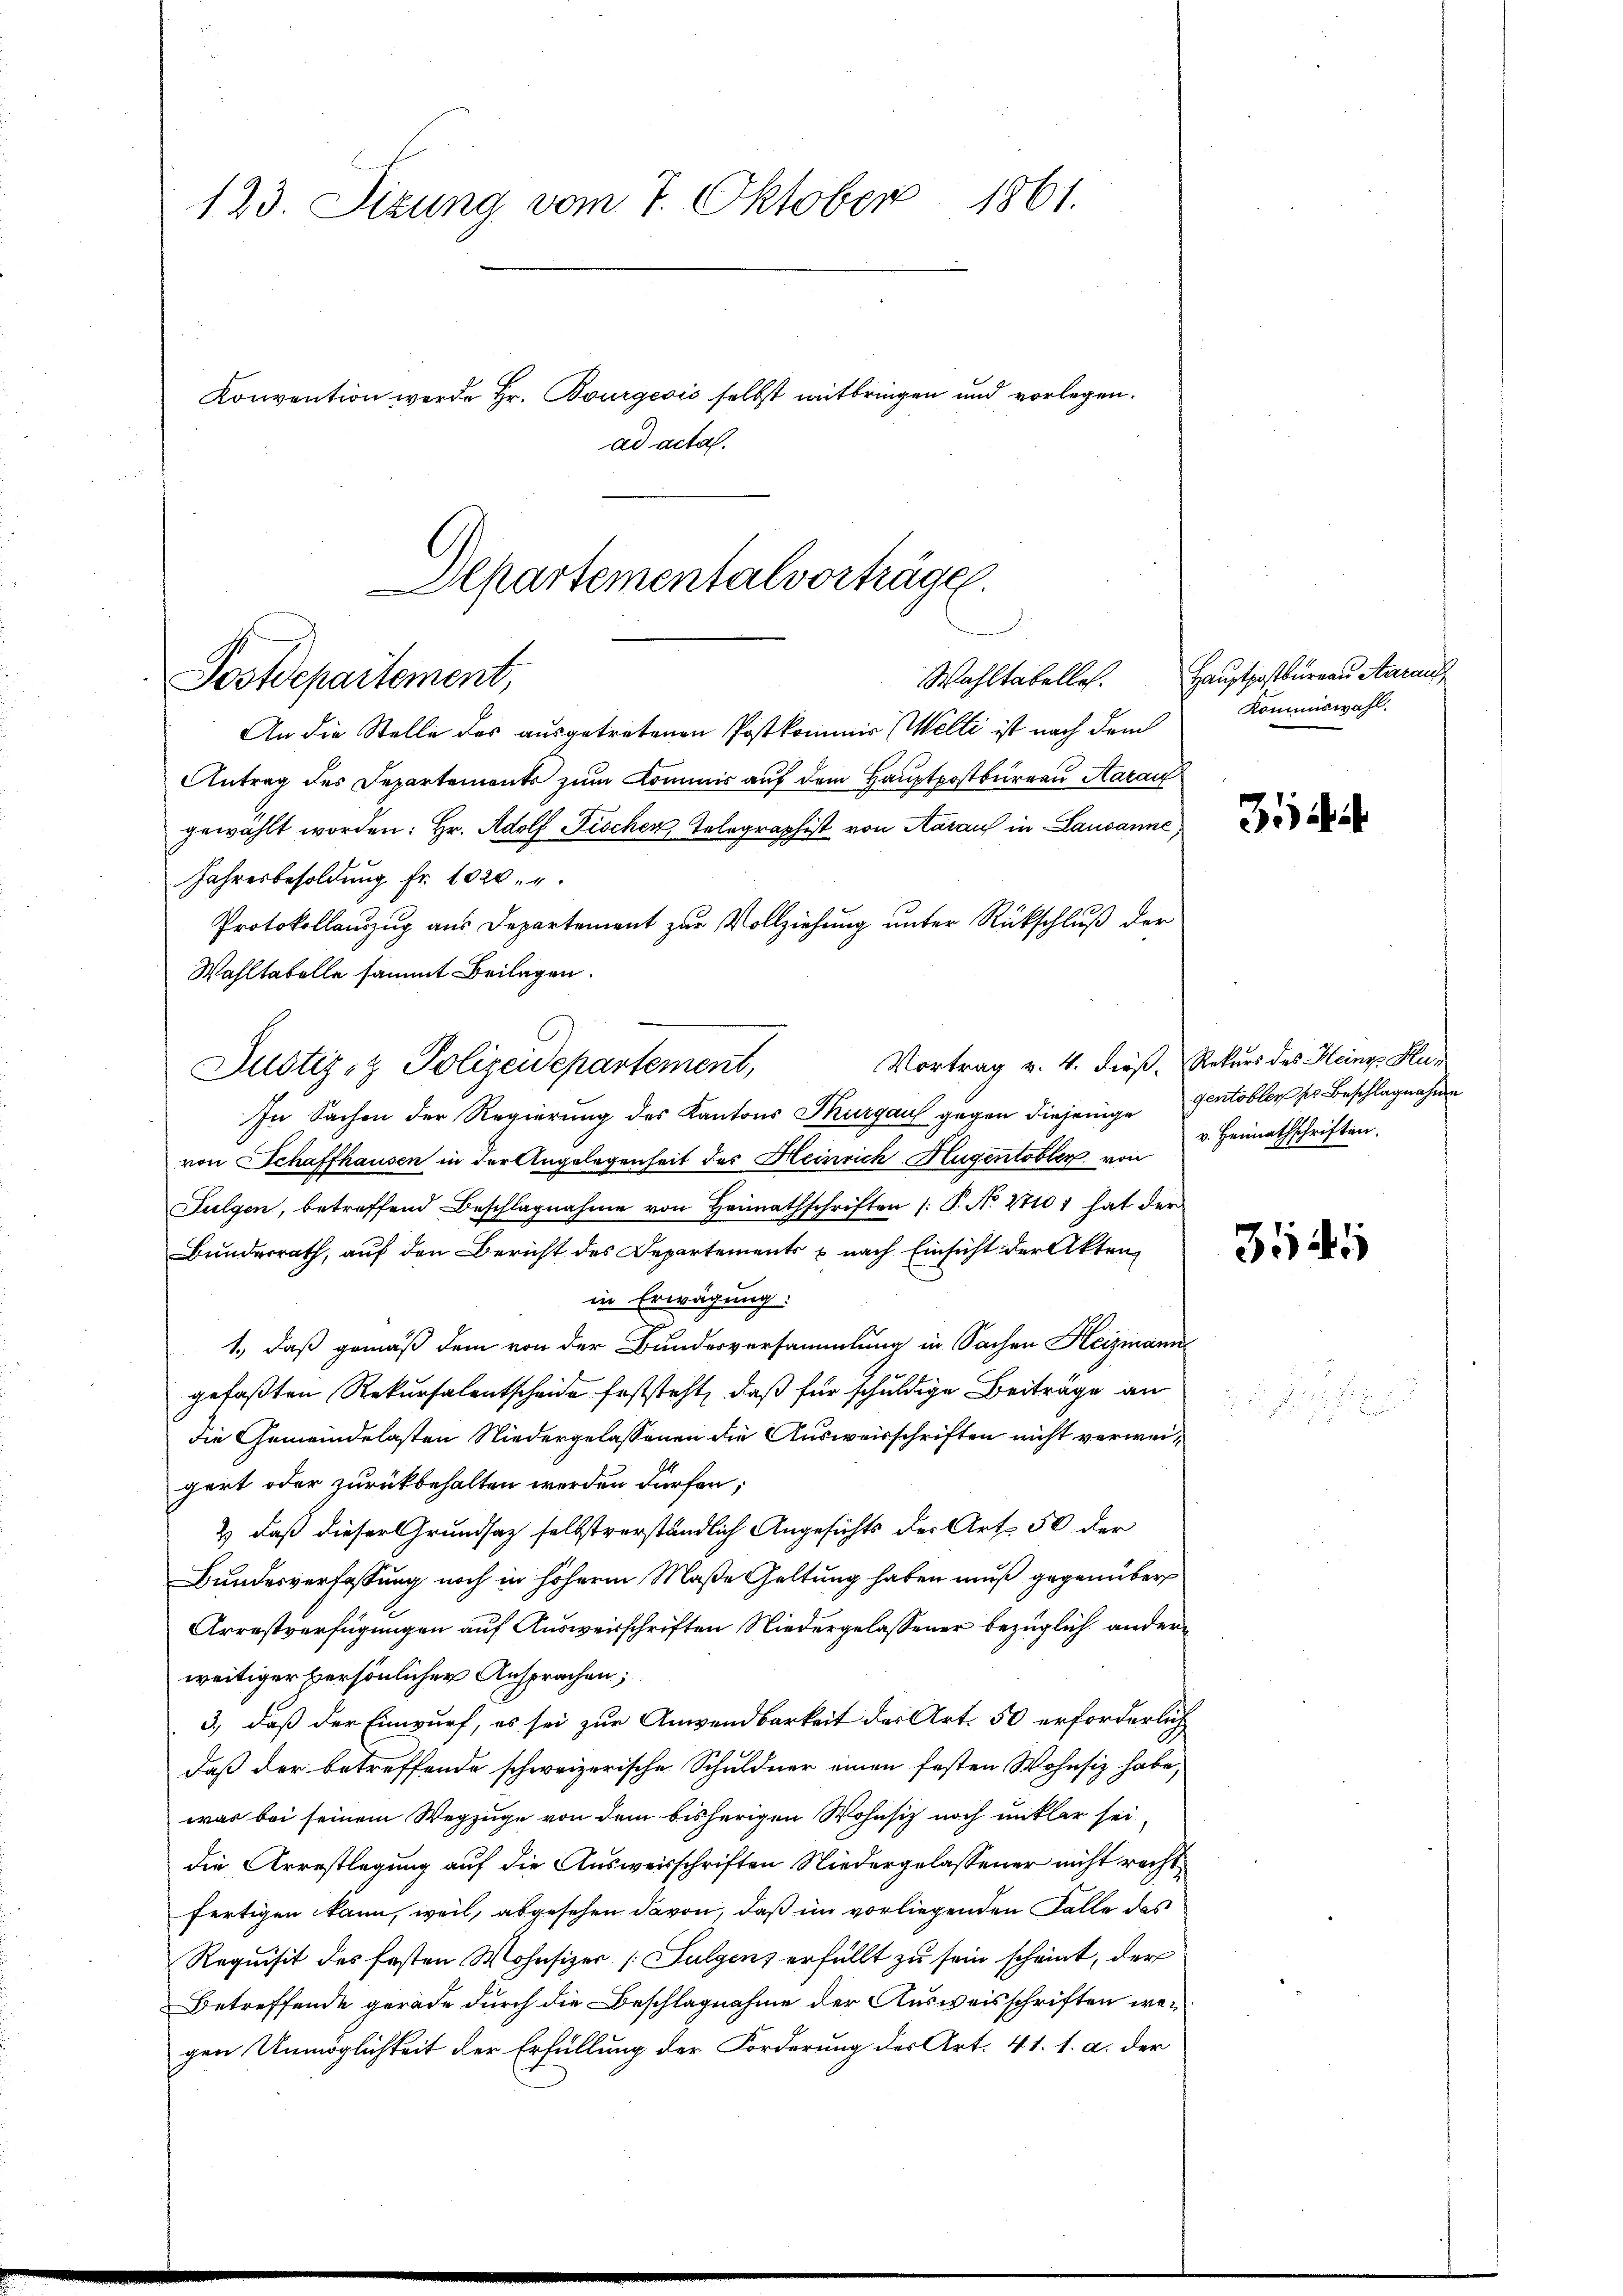
123. Sizung vom 7. Oktober 1861.
Konvention werde Hr. Bourgeois selbst mitbringen und vorlegen.
ad acta.

Departementalvorträge.
Wahltabelle.
Postdepartement,

An die Stelle des ausgetretenen Postkommis Welti ist nach dem
Antrag des Departements zum Kommis auf dem Hauptpostbureau Karai
gewählt worden: Hr. Adolf Fischen, Telegraphist von Aaraus in Lausanne,
Jahresbesoldung Fr. 1020.
Protokollauszug aus Departement zur Vollziehung unter Rückschluß der
Wahltatelle sammt Beilagen.
Vortrag v. 4. dieß. Rekurs des Heinz Hu¬
In Sachen der Regierung des Kantons Thurgau gegen diejenige Gentobler so Beschlagnahme
von Schaffhausen in der Angelegenheit des Heinrich Hugentobler von Heimathschriften,
Fulgen, betreffend Beschlagnahme von Heimathschriften /: P. No. 27107 hat der
Bunderrath, auf den Bericht des Departements u. nach Einsicht der Akten
in Erwägung:
1., daß gemäß dem von der Bundesversammlung in Sachen Heizmann
gefaßten Rekursalentscheide feststeht, daß für schuldige Beiträge an
die Gemeindelasten Niedergelassenen die Ausweisschriften nicht verweigert oder zurückbehalten werden dürfen;
2) daß dieser Grundsatz selbstverständlich Angesichts der Art. 50 der
Bundesverfassung noch in höherm Maße Geltung haben muß gegenüber
Arrestverfügungen auf Ausweisschriften Niedergelassener bezüglich anderweitiger versönlicher Ansprachen;
3., daß der Einwurf, es sei zur Anwendbarkeit der Art. 50 erforderlich
daß der betreffende schweizerische Schuldner einen festen Wohnsiz habe,
was bei seinem Wegzuge von dem bisherigen Wohnsitz noch unklar sei
die Arrestlegung auf die Ausweisschriften Niedergelassener nicht recht
fertigen kann, weil, abgesehen davon, daß im vorliegenden Falle das
Requisit des Ersten Wohnsizer (Sulgens erfüllt zu sein scheint, der
Betreffende gerade durch die Beschlagnahme der Ausweisschriften wegen Unmöglichkeit der Erfüllung der Forderung des Art. 41. 1. a. der

Justiz- & Polizeidepartement,

Hauptpostbureau, Aarauf
Kommiswahl.

Biha

3545